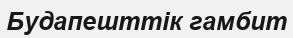
Будапешттік гамбит